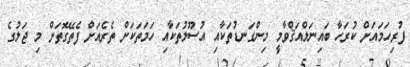
ފުރިހަމައަށް ކުރަހާ ބައިނަލްއަޤްވާމީ މިންގަނޑުތަކާއި އުސޫލުތަކާއި ހަމަތަކަށް ތެރެއަށް ފެތޭގޮތަށް މި ޖަލުގެ